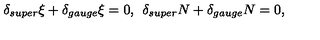
\delta _ { s u p e r } \xi + \delta _ { g a u g e } \xi = 0 , \: \: \delta _ { s u p e r } N + \delta _ { g a u g e } N = 0 ,